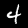
Digit: 4